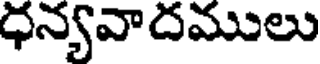
ధన్యవాదములు